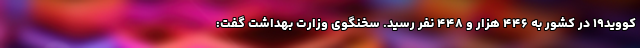
کووید۱۹ در کشور به ۴۴۶ هزار و ۴۴۸ نفر رسید. سخنگوی وزارت بهداشت گفت: